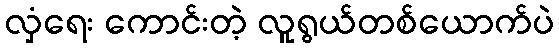
လှံရေး ကောင်းတဲ့ လူရွယ်တစ်ယောက်ပဲ